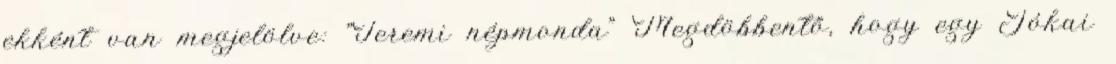
ekként van megjelölve: "Teremi népmonda" Megdöbbentő, hogy egy Jókai